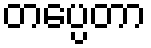
တပ္ပေတာ